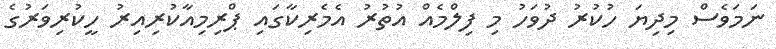
ނަމަވެސް މިދިޔަ ހުކުރު ދުވަހު މި ފިލްމެއް އުތުރު އެމެރިކާގައި ޕްރިމިއާކުރިއިރު ހީކުރިވަރުގެ